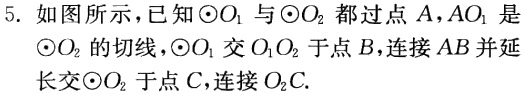
5. 如图所示，已知$\odot O_{1}$与$\odot O_{2}$都过点$A$，$AO_{1}$是$\odot O_{2}$的切线，$\odot O_{1}$交$O_{1}O_{2}$于点$B$，连接$AB$并延长交$\odot O_{2}$于点$C$，连接$O_{2}C$.